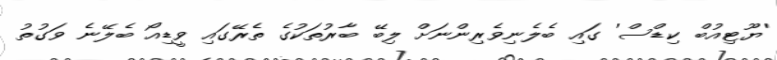
'ޔޫޓިއުބް ކިޑްސް' ގައި ބެލެނިވެރިންނަށް ލިބޭ ބާރުތަކުގެ ތެރޭގައި ވީޑިއޯ ބެލޭނެ ވަގުތު